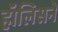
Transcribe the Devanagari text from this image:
हॉलिसने